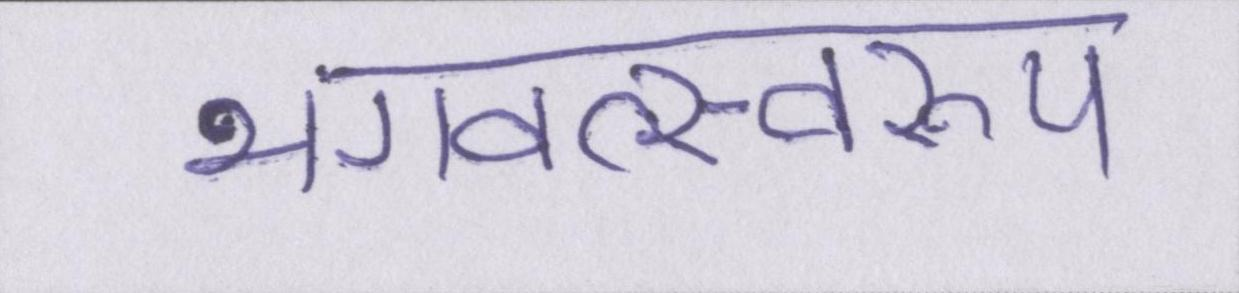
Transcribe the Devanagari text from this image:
भगवत्स्वरूप